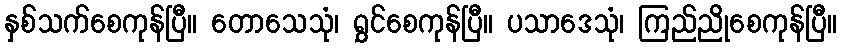
နှစ်သက်စေကုန်ပြီ။ တောသေသုံ၊ ရွှင်စေကုန်ပြီ။ ပသာဒေသုံ၊ ကြည်ညိုစေကုန်ပြီ။